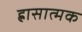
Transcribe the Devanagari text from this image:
ह्रासात्मक